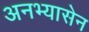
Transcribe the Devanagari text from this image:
अनभ्यासेन